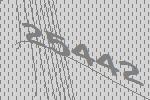
25442